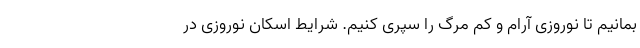
بمانیم تا نوروزی آرام و کم مرگ را سپری کنیم. شرایط اسکان نوروزی در